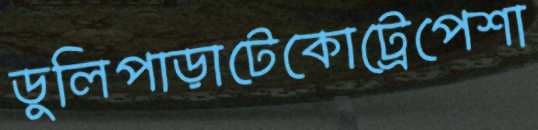
ডুলিপাড়াটেকোট্রেপেশা